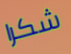
شكرا